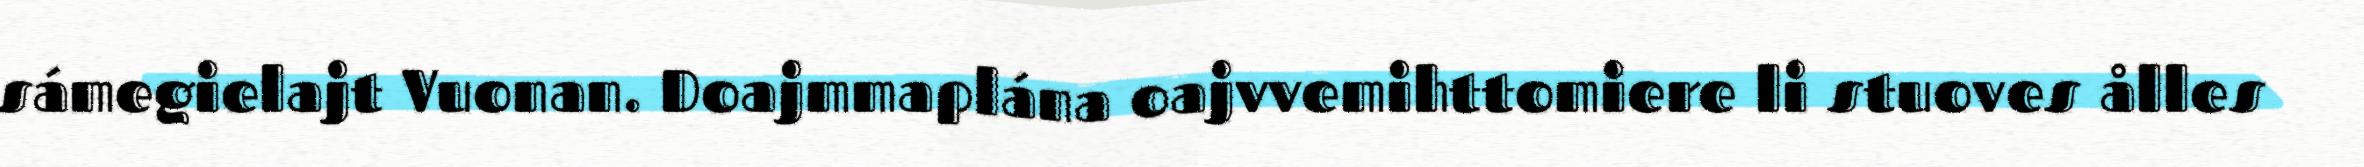
sámegielajt Vuonan. Doajmmaplána oajvvemihttomiere li stuoves ålles